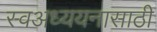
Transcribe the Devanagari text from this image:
स्वअध्ययनासाठी